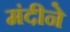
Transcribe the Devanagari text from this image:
मंदीने